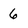
Character: 6